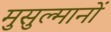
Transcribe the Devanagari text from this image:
मुसुल्मानों